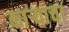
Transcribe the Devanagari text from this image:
काऱ्याचा